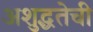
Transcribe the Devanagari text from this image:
अशुद्धतेची